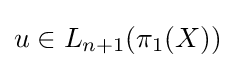
u\in L_{n+1}(\pi _{1}(X))